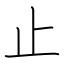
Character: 止